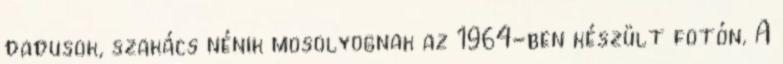
dadusok, szakács nénik mosolyognak az 1964-ben készült fotón. A